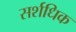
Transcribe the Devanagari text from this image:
सर्शधिक